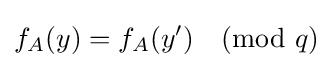
f_{A}(y)=f_{A}(y'){\pmod {q}}